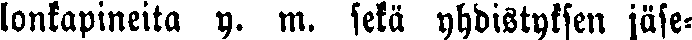
lonkapineita y. m. sekä yhdistyksen jäse-